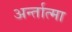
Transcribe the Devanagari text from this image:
अर्न्तात्मा